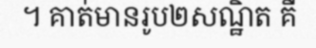
។ គាត់មានរូប២សណ្ឋិត គឺ